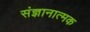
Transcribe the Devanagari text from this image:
संज्ञानात्‍मक